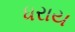
ધરાય